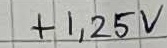
Text: +1,25V